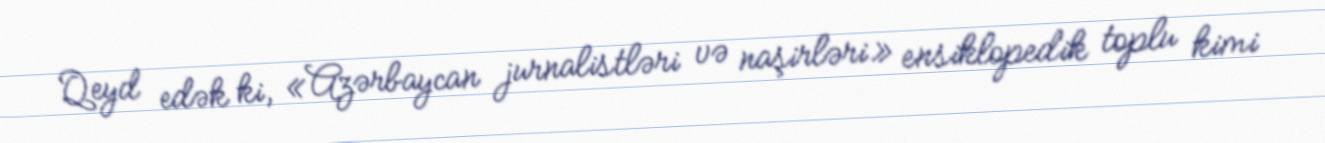
Qeyd edək ki, «Azərbaycan jurnalistləri və naşirləri» ensiklopedik toplu kimi